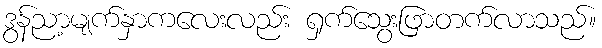
ဒွန်ညာ့မျက်နှာကလေးလည်း ရှက်သွေးဖြာတက်လာသည်။